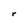
Character: r